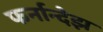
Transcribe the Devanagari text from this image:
फर्नान्देझ